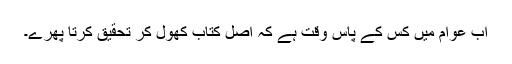
اب عوام میں کس کے پاس وقت ہے کہ اصل کتاب کھول کر تحقیق کرتا پھرے۔